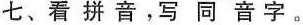
七、看拼音，写同音字。